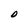
Character: O